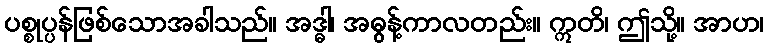
ပစ္စုပ္ပန်ဖြစ်သောအခါသည်။ အဒ္ဓါ၊ အဓွန့်ကာလတည်း။ ဣတိ၊ ဤသို့။ အာဟ၊